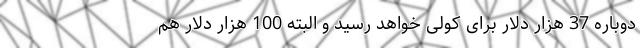
دوباره 37 هزار دلار برای کولی خواهد رسید و البته 100 هزار دلار هم